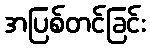
အပြစ်တင်ခြင်း